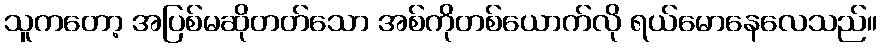
သူကတော့ အပြစ်မဆိုတတ်သော အစ်ကိုတစ်ယောက်လို ရယ်မောနေလေသည်။